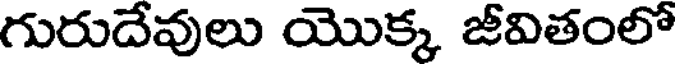
గురుదేవులు యొక్క జీవితంలో